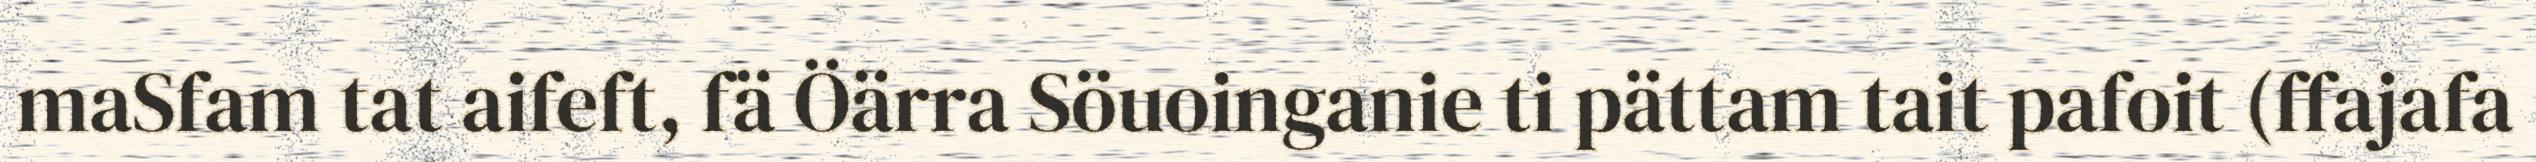
maSfam tat aifeft, fä Öärra Söuoinganie ti pättam tait pafoit (ffajafa